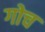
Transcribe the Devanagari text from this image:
गोच